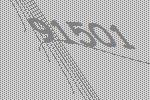
91501